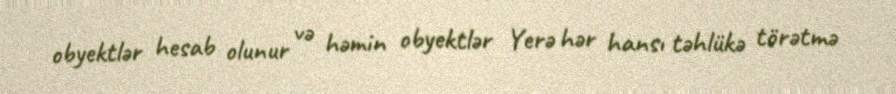
obyektlər hesab olunur və həmin obyektlər Yerə hər hansı təhlükə törətmə